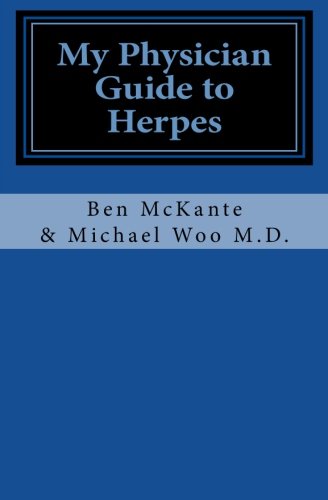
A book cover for My Physician Guide to Herpes; Ben McKante; Health, Fitness & Dieting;